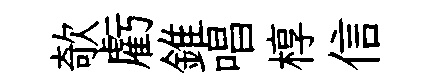
欹虧錐唱椁信